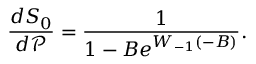
\frac { d S _ { 0 } } { d \mathcal { P } } = \frac { 1 } { 1 - B e ^ { W _ { - 1 } ( - B ) } } .